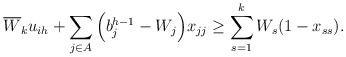
LaTeX: \begin{align*} \overline{W}_k u_{ih}+\sum_{j \in A}\Big(b_j^{h-1}-W_j\Big)x_{jj} \ge \sum_{s=1}^k W_s(1-x_{ss}).\end{align*}